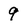
Character: 9